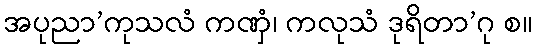
အပုညာ’ကုသလံ ကဏှံ၊ ကလုသံ ဒုရိတာ’ဂု စ။